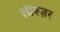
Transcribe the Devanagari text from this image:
लीश्ज़र